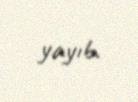
yayıb.